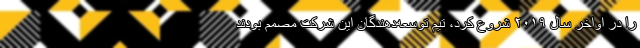
را در اواخر سال ۲۰۱۹ شروع کرد، تیم توسعه‌دهندگان این شرکت مصمم بودند